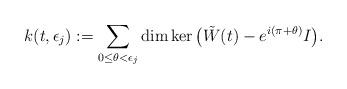
LaTeX: \begin{align*} k (t,\epsilon_j) := \sum_{0 \leq \theta < \epsilon_j}\dim \ker \big(\tilde{W} (t) - e^{i(\pi+\theta)}I \big).\end{align*}